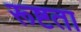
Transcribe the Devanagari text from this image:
रूष्टता